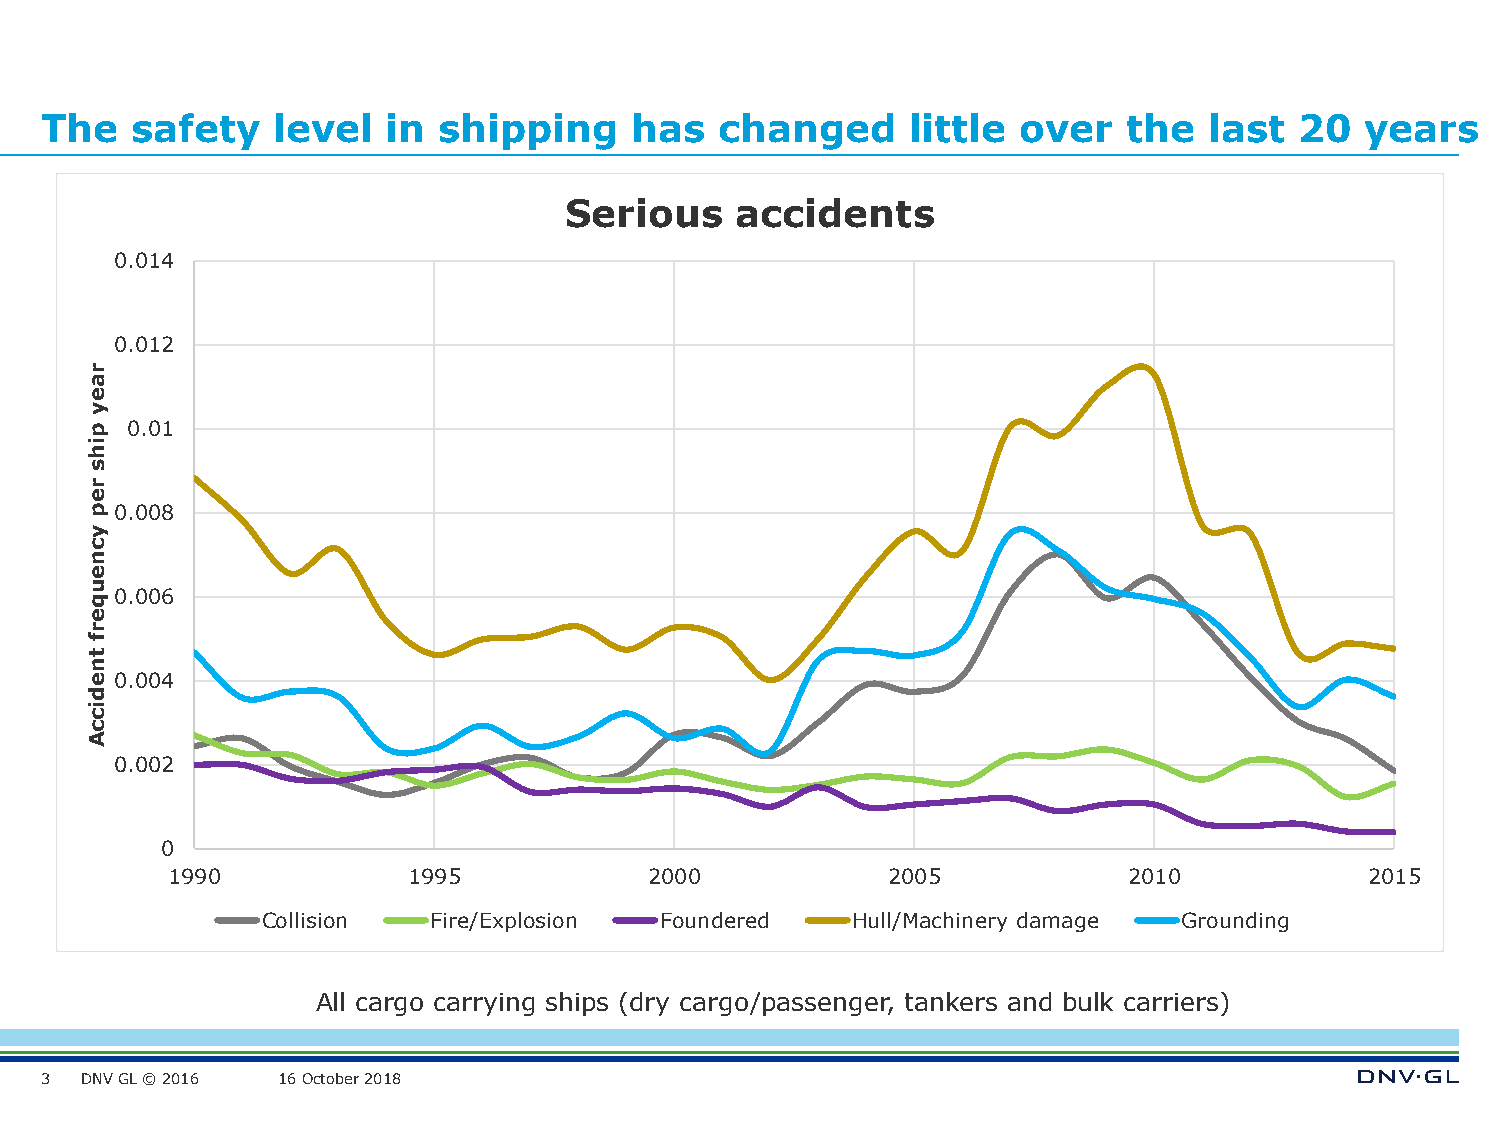
The   safety   level   in shipping     has   changed     little  over   the  last  20  years
 Serious     accidents
 0.014
 0.012
 r
 a
 e
 y
 p 0.01
 i
 h
 s
 r
 e
 p 0.008
 y
 c
 n
 e
 u
 q 0.006
 e
 r
 f
 t
 n
 e 0.004
 d
 i
 c
 c
 A
 0.002
 0
 1990            1995            2000            2005            2010            2015
 Collision  Fire/Explosion  Foundered   Hull/Machinery damage Grounding
 All cargo carrying ships (dry cargo/passenger, tankers and bulk carriers)
 3 DNV GL © 2016 16 October 2018